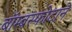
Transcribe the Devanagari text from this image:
बॉम्बस्फोटाने